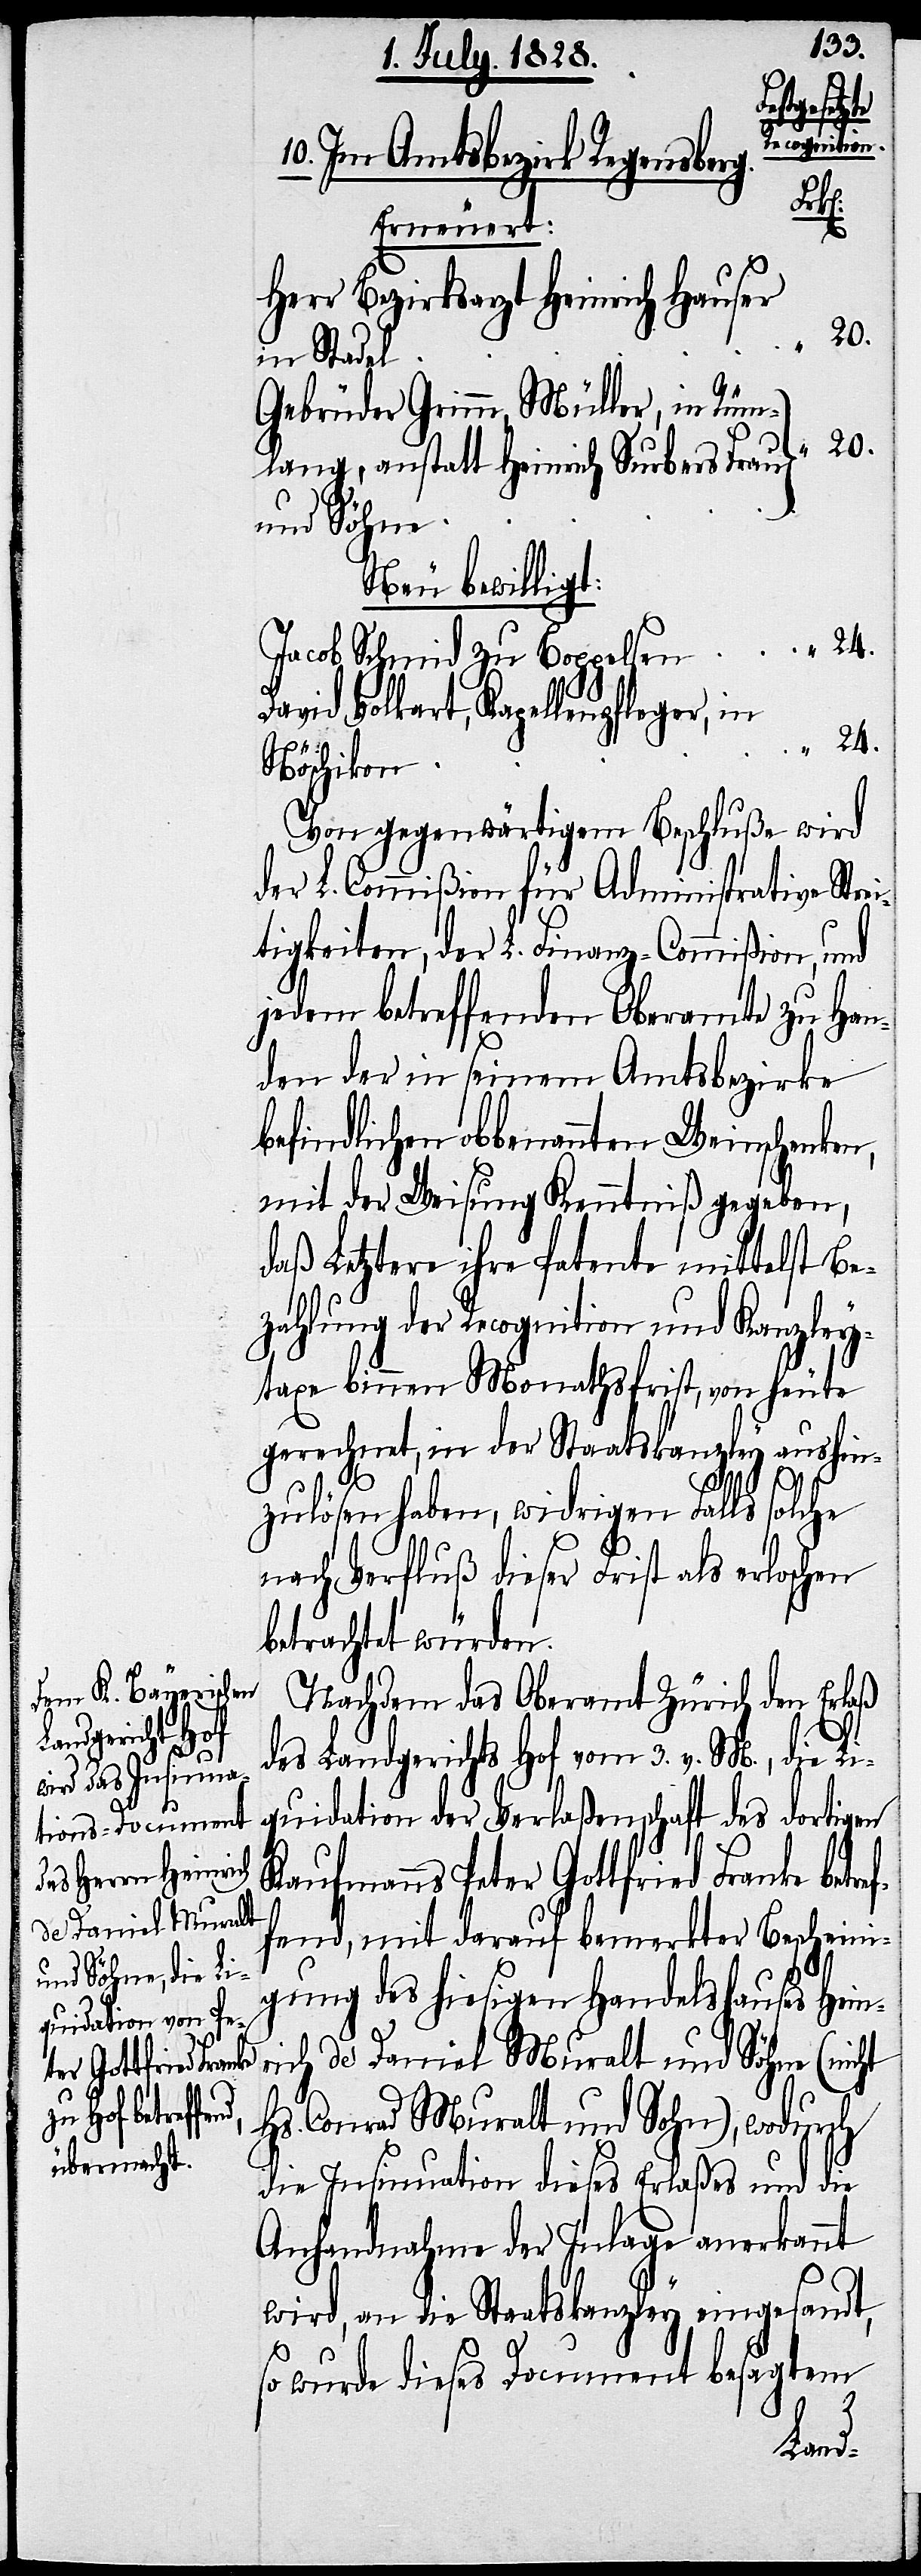
tref¬
10. Im Amtsbezirk Regensbe¬
rg.
Erneuert:
Herr Bezirksarzt Heinrich Hauser
20.
in Stadel
Gebrüder Grimm, Müller, in Rüm¬
lang, anstatt Heinrich Surbers Frau
und Söhne
Neu bewilligt:
24.
Jacob Schmid zu Boppelsen
David Volkart, Kapellenpfleger, in
Nöschikon
Von gegenwärtigem Beschluße wird
der L. Commißion für Administrative Strei¬
tigkeiten, der Finanz-Commißion, und
jedem betreffenden Oberamte zu Han¬
den der in seinem Amtsbezirke
befindlichen obbenannten Weinschenken,
mit der Weisung Kenntniß gegeben,
daß Letztere ihre Patente mittelst Be¬
zahlung der Recognition und Kanzley¬
taxe binnen Monathsfrist, von heute
gerechnet, in der Staatskanzley aushin¬
zulösen haben, widrigen Falls solche
nach Verfluß dieser Frist als erloschen
betrachtet würden.
Nachdem das Oberamt Zürich den Erlaß
des Landgerichts Hof vom 3. v. M., die Li¬
quidation der Verlaßenschaft des dortigen
Kaufmanns Peter Gottfried Franke be¬
fend, mit darauf bemerkter Bescheini¬
gung des hiesigen Handelshauses Hei¬
ich de Daniel Muralt und Söhne (nicht
Hs. Conrad Muralt und Sohn), wodurch
die Insinuation dieses Erlaßes und die
Anhandnahme der Inlage anerkannt
wird, an die Staatskanzley eingesandt,
so wurde dieses Document besagtem
“
nr¬